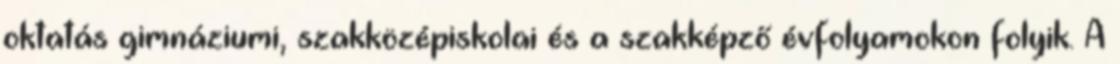
oktatás gimnáziumi, szakközépiskolai és a szakképző évfolyamokon folyik. A